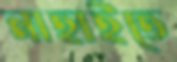
নাহাইতে